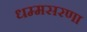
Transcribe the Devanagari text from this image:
धम्मसरणा